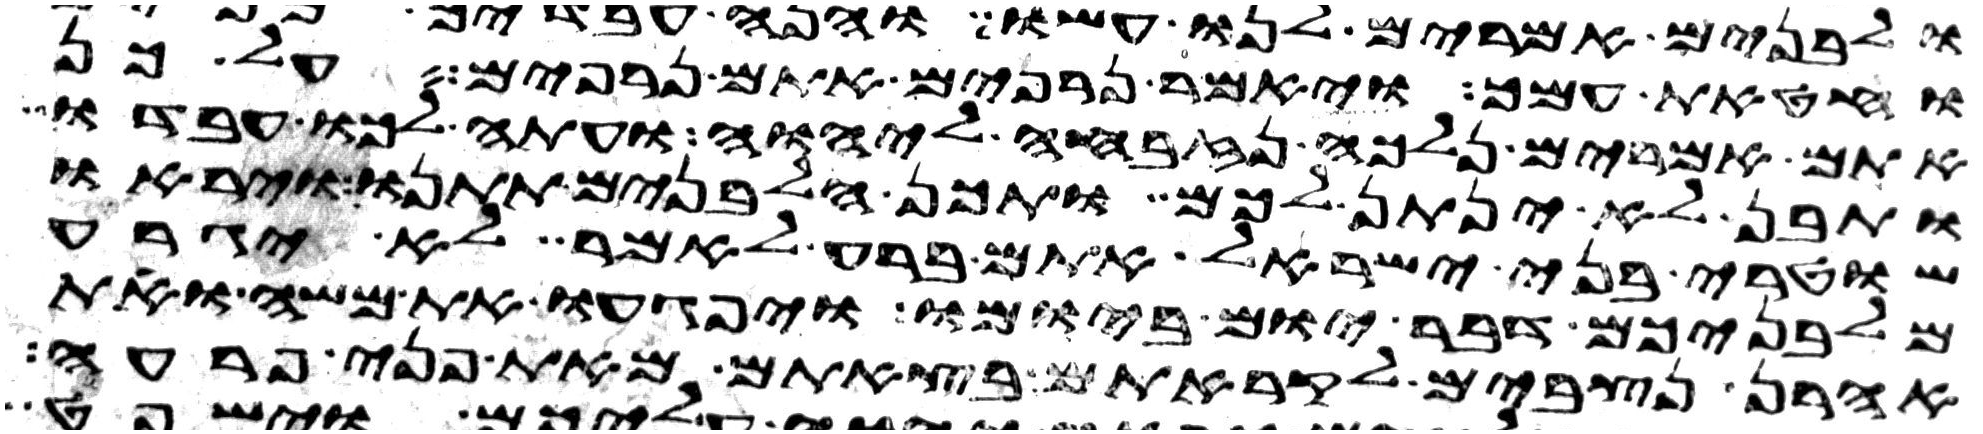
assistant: וחטאת עמך ויאמר נרפים אתם נרפים על כן
אתם אמרים נלכה נזבחה ליהוה ועתה לכו עבדו
ותבן לא ינתן לכם ותכן הלבנים תתנו ויראו
שוטרי בני ישראל אתם ברע לאמר לא יגרע
מלבניכם דבר יום ביומו ויפגעו את משה ואת
אהרן נצבים לקראתם בצאתם מאת פני פרעה